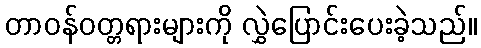
တာဝန်ဝတ္တရားများကို လွှဲပြောင်းပေးခဲ့သည်။